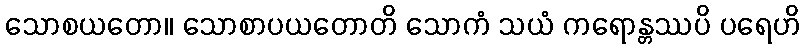
သောစယတော။ သောစာပယတောတိ သောကံ သယံ ကရောန္တဿပိ ပရေဟိ